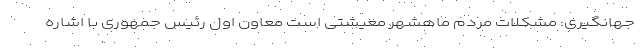
جهانگیری: مشکلات مردم ماهشهر معیشتی است معاون اول رئیس جمهوری با اشاره